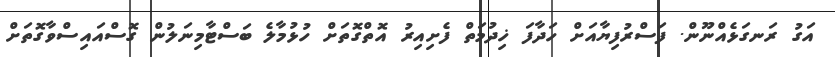
އަގު ރަނގަޅެއްނޫން. ފަސްރުފިޔާއަށް ހަދާފަ ޚިދުމަތް ފެށިއިރު އޮތްގޮތަށް ހުޅުމާލެ ބަސްޓާމިނަލުން ގޮސްއައިސްވާގޮތަށް